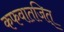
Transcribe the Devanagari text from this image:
कफवातजित्